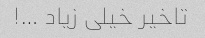
تاخیر خیلی زیاد …!